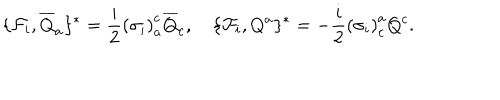
\lbrace { \cal F } _ { i } , { \overline { { { Q } } } } _ { a } \rbrace ^ { \ast } = \frac { i } { 2 } { ( \sigma _ { i } ) } _ { a } ^ { c } { \overline { { { Q } } } } _ { c } , \quad \lbrace { \cal F } _ { i } , Q ^ { a } \rbrace ^ { \ast } = - \frac { i } { 2 } { ( \sigma _ { i } ) } _ { c } ^ { a } Q ^ { c } .